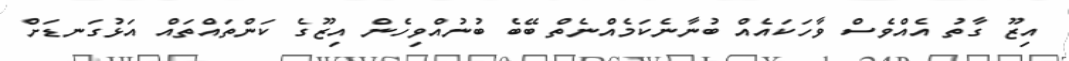
އިޒޫ ގާތު އެއްވެސް ވާހަކައެއް ބުނާނެކަމެއްނެތް ބޭބެ ބުނުއްވިހެން އިޒޫގެ ކަންތައްތައް އަޅުގަނޑަށް